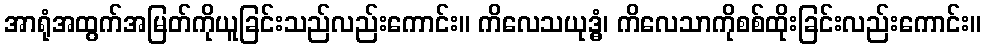
အာရုံအထွက်အမြတ်ကိုယူခြင်းသည်လည်းကောင်း။ ကိလေသယုဒ္ဓံ၊ ကိလေသာကိုစစ်ထိုးခြင်းလည်းကောင်း။